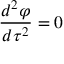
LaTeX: \frac { d ^ { 2 } \varphi } { d \tau ^ { 2 } } = 0